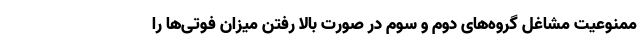
ممنوعیت مشاغل گروه‌های دوم و سوم در صورت بالا رفتن میزان فوتی‌ها را